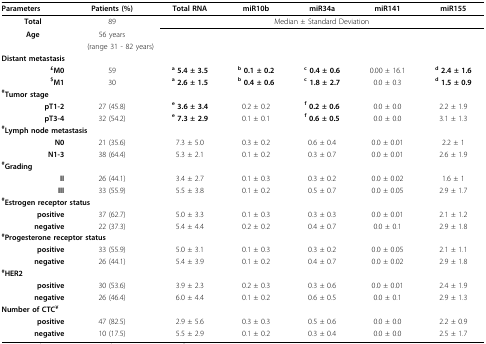
<table><thead><tr><td><b>Parameters</b></td><td><b>Patients (%)</b></td><td><b>Total RNA</b></td><td><b>miR10b</b></td><td><b>miR34a</b></td><td><b>miR141</b></td><td><b>miR155</b></td></tr></thead><tbody><tr><td><b>Total</b></td><td>89</td><td colspan="5">Median ± Standard Deviation</td></tr><tr><td><b>Age</b></td><td>56 years</td><td></td><td></td><td></td><td></td><td></td></tr><tr><td colspan="2">(range 31 - 82 years)</td><td></td><td></td><td></td><td></td><td></td></tr><tr><td colspan="2"><b>Distant metastasis</b></td><td></td><td></td><td></td><td></td><td></td></tr><tr><td><b><sup>£</sup>M0</b></td><td>59</td><td><b><sup>a </sup>5.4 ± 3.5</b></td><td><b><sup>b </sup>0.1 ± 0.2</b></td><td><b><sup>c </sup>0.4 ± 0.6</b></td><td>0.00 ± 16.1</td><td><b><sup>d </sup>2.4 ± 1.6</b></td></tr><tr><td><b><sup>$</sup>M1</b></td><td>30</td><td><b><sup>a </sup>2.6 ± 1.5</b></td><td><b><sup>b </sup>0.4 ± 0.6</b></td><td><b><sup>c </sup>1.8 ± 2.7</b></td><td>0.0 ± 0.3</td><td><b><sup>d </sup>1.5 ± 0.9</b></td></tr><tr><td colspan="7"><b><sup>#</sup>Tumor stage</b></td></tr><tr><td><b>pT1-2</b></td><td>27 (45.8)</td><td><b><sup>e </sup>3.6 ± 3.4</b></td><td>0.2 ± 0.2</td><td><b><sup>f </sup>0.2 ± 0.6</b></td><td>0.0 ± 0.0</td><td>2.2 ± 1.9</td></tr><tr><td><b>pT3-4</b></td><td>32 (54.2)</td><td><b><sup>e </sup>7.3 ± 2.9</b></td><td>0.1 ± 0.1</td><td><b><sup>f </sup>0.6 ± 0.5</b></td><td>0.0 ± 0.0</td><td>3.1 ± 1.3</td></tr><tr><td colspan="7"><b><sup>#</sup>Lymph node metastasis</b></td></tr><tr><td><b>N0</b></td><td>21 (35.6)</td><td>7.3 ± 5.0</td><td>0.3 ± 0.2</td><td>0.6 ± 0.4</td><td>0.0 ± 0.01</td><td>2.2 ± 1</td></tr><tr><td><b>N1-3</b></td><td>38 (64.4)</td><td>5.3 ± 2.1</td><td>0.1 ± 0.2</td><td>0.3 ± 0.7</td><td>0.0 ± 0.01</td><td>2.6 ± 1.9</td></tr><tr><td colspan="7"><b><sup>#</sup>Grading</b></td></tr><tr><td><b>II</b></td><td>26 (44.1)</td><td>3.4 ± 2.7</td><td>0.1 ± 0.3</td><td>0.3 ± 0.2</td><td>0.0 ± 0.02</td><td>1.6 ± 1</td></tr><tr><td><b>III</b></td><td>33 (55.9)</td><td>5.5 ± 3.8</td><td>0.1 ± 0.2</td><td>0.5 ± 0.7</td><td>0.0 ± 0.05</td><td>2.9 ± 1.7</td></tr><tr><td colspan="7"><b><sup>#</sup>Estrogen receptor status</b></td></tr><tr><td><b>positive</b></td><td>37 (62.7)</td><td>5.0 ± 3.3</td><td>0.1 ± 0.3</td><td>0.3 ± 0.3</td><td>0.0 ± 0.01</td><td>2.1 ± 1.2</td></tr><tr><td><b>negative</b></td><td>22 (37.3)</td><td>5.4 ± 4.4</td><td>0.2 ± 0.2</td><td>0.4 ± 0.7</td><td>0.0 ± 0.1</td><td>2.9 ± 1.8</td></tr><tr><td colspan="7"><b><sup>#</sup>Progesterone receptor status</b></td></tr><tr><td><b>positive</b></td><td>33 (55.9)</td><td>5.0 ± 3.1</td><td>0.1 ± 0.3</td><td>0.3 ± 0.2</td><td>0.0 ± 0.05</td><td>2.1 ± 1.1</td></tr><tr><td><b>negative</b></td><td>26 (44.1)</td><td>5.4 ± 3.9</td><td>0.1 ± 0.2</td><td>0.4 ± 0.7</td><td>0.0 ± 0.02</td><td>2.9 ± 1.8</td></tr><tr><td colspan="7"><b><sup>#</sup>HER2</b></td></tr><tr><td><b>positive</b></td><td>30 (53.6)</td><td>3.9 ± 2.3</td><td>0.2 ± 0.3</td><td>0.3 ± 0.6</td><td>0.0 ± 0.01</td><td>2.4 ± 1.9</td></tr><tr><td><b>negative</b></td><td>26 (46.4)</td><td>6.0 ± 4.4</td><td>0.1 ± 0.2</td><td>0.6 ± 0.5</td><td>0.0 ± 0.1</td><td>2.9 ± 1.3</td></tr><tr><td colspan="7"><b>Number of CTC<sup>¥</sup></b></td></tr><tr><td><b>positive</b></td><td>47 (82.5)</td><td>2.9 ± 5.6</td><td>0.3 ± 0.3</td><td>0.5 ± 0.6</td><td>0.0 ± 0.0</td><td>2.2 ± 0.9</td></tr><tr><td><b>negative</b></td><td>10 (17.5)</td><td>5.5 ± 2.9</td><td>0.1 ± 0.2</td><td>0.3 ± 0.4</td><td>0.0 ± 0.0</td><td>2.5 ± 1.7</td></tr></tbody></table>